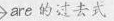
>are 的过去式